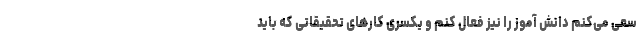
سعی می‌کنم دانش آموز را نیز فعال کنم و یکسری کارهای تحقیقاتی که باید